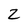
Character: 2